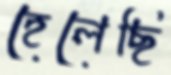
হেলেছি